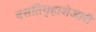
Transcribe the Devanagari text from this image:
वसतिगृहाशेजारी